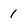
Character: 1